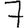
Digit: 7